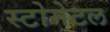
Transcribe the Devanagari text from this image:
स्टोमेटल